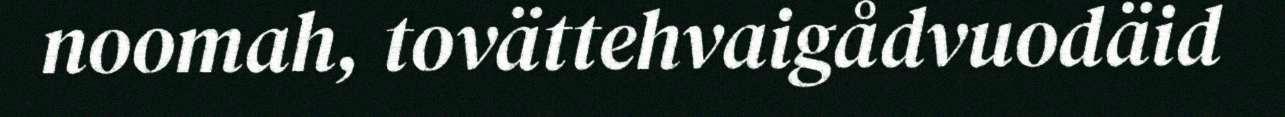
noomah, tovättehvaigådvuodäid